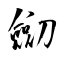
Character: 劎